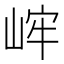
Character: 㟉